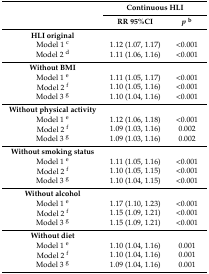
<table><thead><tr><td rowspan="2"></td><td colspan="2"><b>Continuous HLI</b></td></tr><tr><td><b>RR 95%CI</b></td><td><b><i>p</i><sup>b</sup></b></td></tr></thead><tbody><tr><td><b>HLI original</b></td><td></td><td></td></tr><tr><td>Model 1 <sup>c</sup></td><td>1.12 (1.07, 1.17)</td><td>&lt;0.001</td></tr><tr><td>Model 2 <sup>d</sup></td><td>1.11 (1.06, 1.16)</td><td>&lt;0.001</td></tr><tr><td><b>Without BMI</b></td><td></td><td></td></tr><tr><td>Model 1 <sup>e</sup></td><td>1.11 (1.05, 1.17)</td><td>&lt;0.001</td></tr><tr><td>Model 2 <sup>f</sup></td><td>1.10 (1.05, 1.16)</td><td>&lt;0.001</td></tr><tr><td>Model 3 <sup>g</sup></td><td>1.10 (1.04, 1.16)</td><td>&lt;0.001</td></tr><tr><td><b>Without physical activity</b></td><td></td><td></td></tr><tr><td>Model 1 <sup>e</sup></td><td>1.12 (1.06, 1.18)</td><td>&lt;0.001</td></tr><tr><td>Model 2 <sup>f</sup></td><td>1.09 (1.03, 1.16)</td><td>0.002</td></tr><tr><td>Model 3 <sup>g</sup></td><td>1.09 (1.03, 1.16)</td><td>0.002</td></tr><tr><td><b>Without smoking status</b></td><td></td><td></td></tr><tr><td>Model 1 <sup>e</sup></td><td>1.11 (1.05, 1.16)</td><td>&lt;0.001</td></tr><tr><td>Model 2 <sup>f</sup></td><td>1.10 (1.05, 1.15)</td><td>&lt;0.001</td></tr><tr><td>Model 3 <sup>g</sup></td><td>1.10 (1.04, 1.15)</td><td>&lt;0.001</td></tr><tr><td><b>Without alcohol</b></td><td></td><td></td></tr><tr><td>Model 1 <sup>e</sup></td><td>1.17 (1.10, 1.23)</td><td>&lt;0.001</td></tr><tr><td>Model 2 <sup>f</sup></td><td>1.15 (1.09, 1.21)</td><td>&lt;0.001</td></tr><tr><td>Model 3 <sup>g</sup></td><td>1.15 (1.09, 1.21)</td><td>&lt;0.001</td></tr><tr><td><b>Without diet</b></td><td></td><td></td></tr><tr><td>Model 1 <sup>e</sup></td><td>1.10 (1.04, 1.16)</td><td>0.001</td></tr><tr><td>Model 2 <sup>f</sup></td><td>1.10 (1.04, 1.16)</td><td>0.001</td></tr><tr><td>Model 3 <sup>g</sup></td><td>1.09 (1.04, 1.16)</td><td>0.001</td></tr></tbody></table>